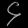
Digit: ၄